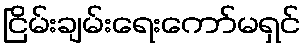
ငြိမ်းချမ်းရေးကော်မရှင်